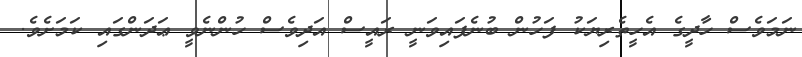
ނަމަވެސް ހާދީގެ އެހީތެރިޔަކު ފަހުން ބުނެފައިވަނީ ރައީސް އަދިވެސް ހުންނެވީ ޢަދަންގައި ކަމަށެވެ.